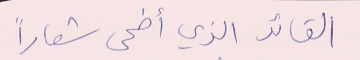
القائد الذي أضحى شعاراً